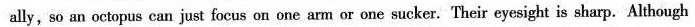
ally, so an octopus can just focus on one arm or one sucker. Their eyesight is sharp. Although